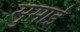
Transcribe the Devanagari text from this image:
सुमाई